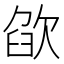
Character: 欿